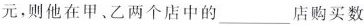
元，则他在甲、乙两个店中的___店购买数